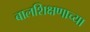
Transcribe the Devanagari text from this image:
बालशिक्षणाच्या